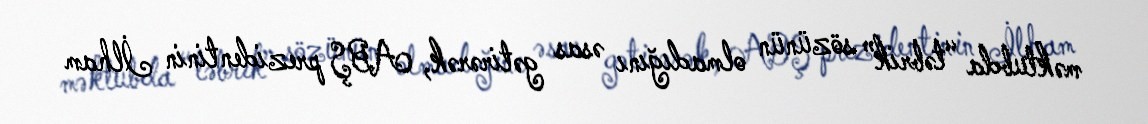
məktubda “təbrik” sözünün olmadığını əsas gətirərək, ABŞ prezidentinin İlham